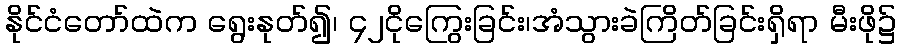
နိုင်ငံတော်ထဲက ရွေးနုတ်၍၊ ၄၂ငိုကြွေးခြင်း၊အံသွားခဲကြိတ်ခြင်းရှိရာ မီးဖို၌